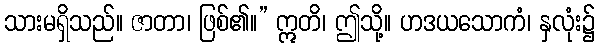
သားမရှိသည်။ ဇာတာ၊ ဖြစ်၏။” ဣတိ၊ ဤသို့။ ဟဒယသောကံ၊ နှလုံး၌